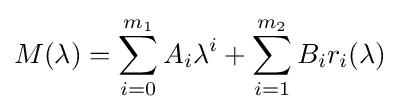
M(\lambda )=\sum _{i=0}^{m_{1}}A_{i}\lambda ^{i}+\sum _{i=1}^{m_{2}}B_{i}r_{i}(\lambda )